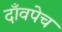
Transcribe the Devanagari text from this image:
दाँवपेच